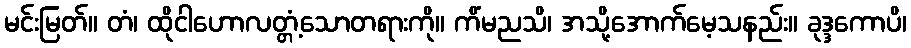
မင်းမြတ်။ တံ၊ ထိုငါဟောလတ္တံ့သောတရားကို။ ကိံမညသိ၊ အသို့အောက်မေ့သနည်း။ ခုဒ္ဒကောပိ၊